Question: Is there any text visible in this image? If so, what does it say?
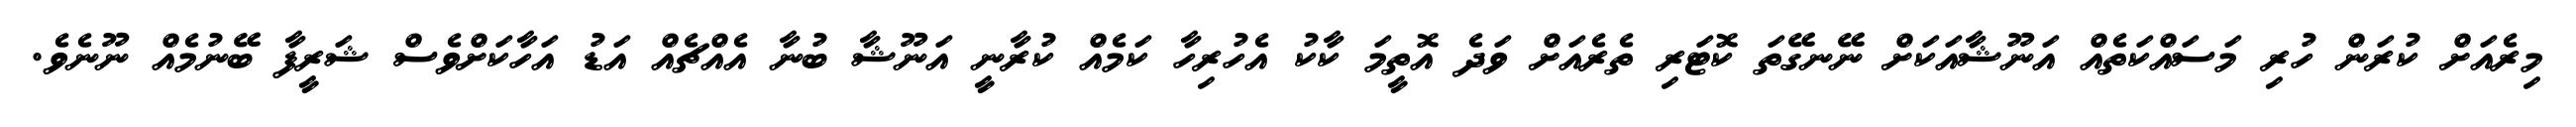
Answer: މިރެއަށް ކުރަން ހުރި މަސައްކަތެއް އަނޫޝާއަކަށް ނޭނގޭތަ ކޮޓަރި ތެރެއަށް ވަދެ އޮތީމަ ކާކު އެހުރިހާ ކަމެއް ކުރާނީ އަނޫޝާ ބުނާ އެއްޗެއް އަޑު އަހާކަށްވެސް ޝަރީފާ ބޭނުމެއް ނޫނެވެ.